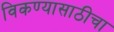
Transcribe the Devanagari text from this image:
विकण्यासाठीचा